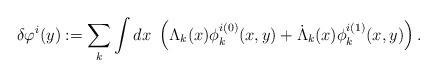
LaTeX: \begin{align*}\delta\varphi^i(y):=\sum_{k}\int dx \ \left(\Lambda_k(x)\phi^{i(0)}_k(x,y) + \dot{\Lambda}_k(x)\phi^{i(1)}_k(x,y)\right).\end{align*}